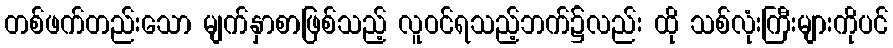
တစ်ဖက်တည်းသော မျက်နှာစာဖြစ်သည့် လူဝင်ရသည့်ဘက်၌လည်း ထို သစ်လုံးကြီးများကိုပင်